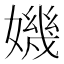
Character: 𡡤